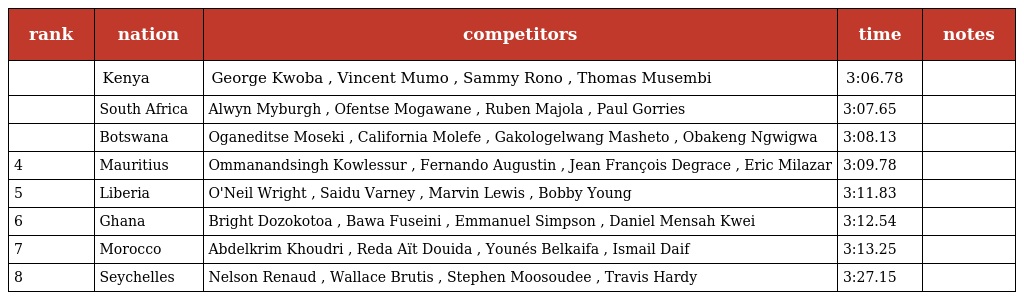
| rank | nation | competitors | time | notes |
 | --- | --- | --- | --- | --- |
 |  | Kenya | George Kwoba , Vincent Mumo , Sammy Rono , Thomas Musembi | 3:06.78 |  |
 |  | South Africa | Alwyn Myburgh , Ofentse Mogawane , Ruben Majola , Paul Gorries | 3:07.65 |  |
 |  | Botswana | Oganeditse Moseki , California Molefe , Gakologelwang Masheto , Obakeng Ngwigwa | 3:08.13 |  |
 | 4 | Mauritius | Ommanandsingh Kowlessur , Fernando Augustin , Jean François Degrace , Eric Milazar | 3:09.78 |  |
 | 5 | Liberia | O'Neil Wright , Saidu Varney , Marvin Lewis , Bobby Young | 3:11.83 |  |
 | 6 | Ghana | Bright Dozokotoa , Bawa Fuseini , Emmanuel Simpson , Daniel Mensah Kwei | 3:12.54 |  |
 | 7 | Morocco | Abdelkrim Khoudri , Reda Aït Douida , Younés Belkaifa , Ismail Daif | 3:13.25 |  |
 | 8 | Seychelles | Nelson Renaud , Wallace Brutis , Stephen Moosoudee , Travis Hardy | 3:27.15 |  |